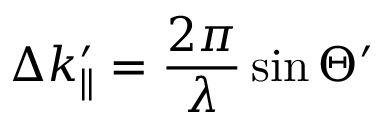
\Delta k _ { \parallel } ^ { \prime } = \frac { 2 \pi } { \lambda } \sin \Theta ^ { \prime }